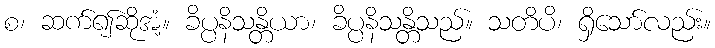
စ၊ ဆက်၍ဆိုအံ့။ ခိပ္ပနိသန္တိယာ၊ ခိပ္ပနိသန္တိသည်။ သတိပိ၊ ရှိသော်လည်း။